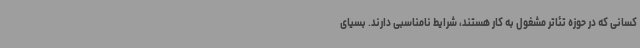
کسانی که در حوزه تئاتر مشغول به کار هستند، شرایط نامناسبی دارند. بسیای